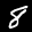
Label: 8